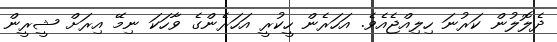
ދެލޮލުން ކަރުނަ ހިލިއްޖެއެވެ. އަހަރެން ހީކުރީ އަހަރެންގެ ވާހަކަ ނިމޭ އިރަށް ޝީރީން